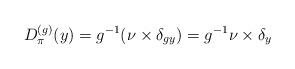
LaTeX: \begin{align*}D_{\pi}^{(g)}(y) = g^{-1} (\nu \times \delta_{gy}) = g^{-1}\nu \times \delta_{y}\end{align*}